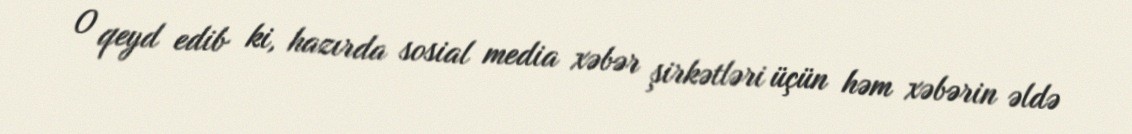
O qeyd edib ki, hazırda sosial media xəbər şirkətləri üçün həm xəbərin əldə